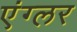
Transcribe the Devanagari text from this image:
एंग्लर